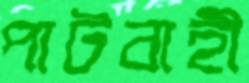
পাটবাহী